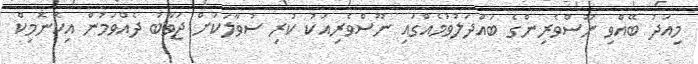
މިއަދު ބޭއްވި ނޫސްވެރިންގެ ބައްދަލުވުމެއްގައި ނޫސްވެރިއަކު ކުރި ސުވާލަކަށް ޖަވާބު ދެއްވަމުން އިކޮނޮމިކް